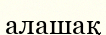
алашақ